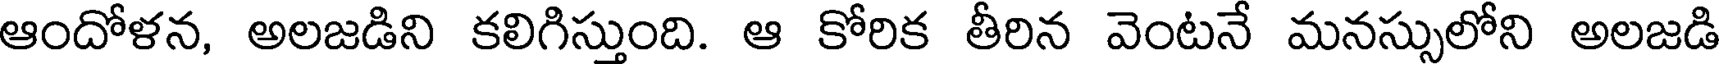
ఆందోళన, అలజడిని కలిగిస్తుంది. ఆ కోరిక తీరిన వెంటనే మనస్సులోని అలజడి